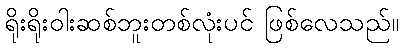
ရိုးရိုးဝါးဆစ်ဘူးတစ်လုံးပင် ဖြစ်လေသည်။